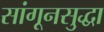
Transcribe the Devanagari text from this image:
सांगूनसुद्धा